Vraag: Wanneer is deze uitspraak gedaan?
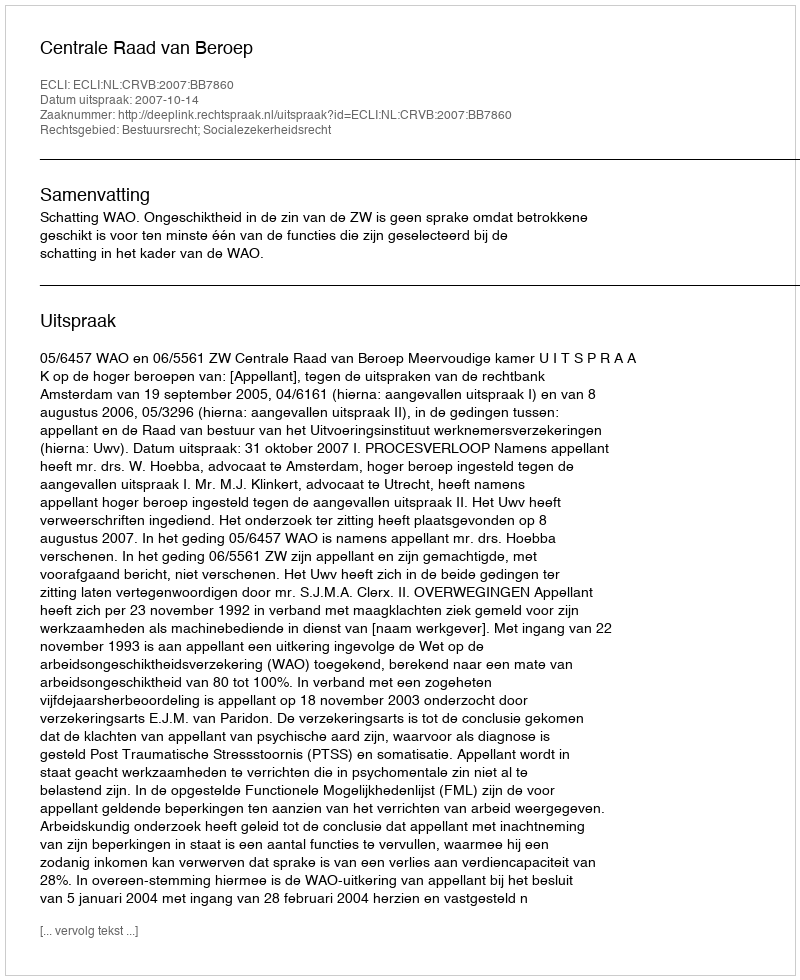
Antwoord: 2007-10-14